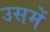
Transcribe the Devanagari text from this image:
उसमेें